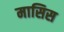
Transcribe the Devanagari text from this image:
मासिस